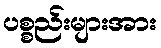
ပစ္စည်းများအား